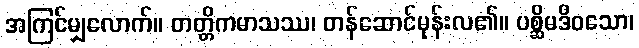
အကြင်မျှလောက်။ တတ္တိကမာသဿ၊ တန်ဆောင်မုန်းလ၏။ ပစ္ဆိမဒိဝသော၊